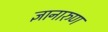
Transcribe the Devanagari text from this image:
ज्ञानारुण